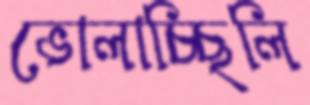
ভোলাচ্ছিলি